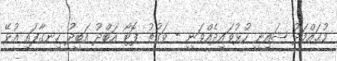
މުޙައްމަދު ޝައިނީ ހުޅުވައިދެއްވަނީ - ވަގުތު ފޮޓޯ އަބްދު އަބީދު ހިނގާފައި އުޅޭ